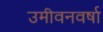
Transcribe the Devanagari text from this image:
उमीवनवर्षा